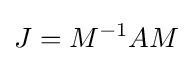
J=M^{-1}AM